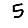
Digit: 5